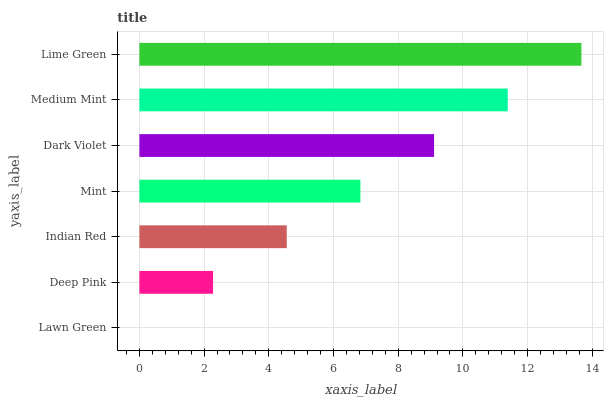
| yaxis_label | bars |
 | --- | --- |
 | Lawn Green | 0 |
 | Deep Pink | 2.28 |
 | Indian Red | 4.55 |
 | Mint | 6.83 |
 | Dark Violet | 9.11 |
 | Medium Mint | 11.4 |
 | Lime Green | 13.7 |